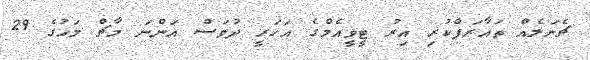
ޗެނަލެއް ތައާރަފްކުރި އިރު ޓީވީއެމްގެ އަހަރީ ދުވަސް އަންނަ މާޗް މަހުގެ 29